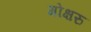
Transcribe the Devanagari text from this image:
गोक्षरु